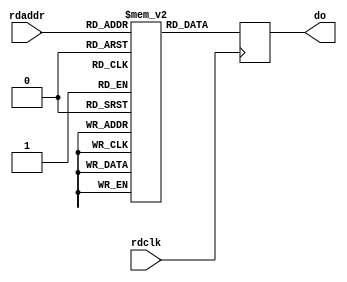
module ram0(
    // Read port
    input rdclk,
    input [8:0] rdaddr,
    output reg [63:0] do);

    (* ram_style = "block" *) reg [63:0] ram[0:511];


    genvar i;
    generate
        for (i=0; i<512; i=i+1)
        begin
            initial begin
                ram[i] <= i | i << 16 | i << 32 | i << 48;
            end
        end
    endgenerate

    always @ (posedge rdclk) begin
        do <= ram[rdaddr];
    end

endmodule